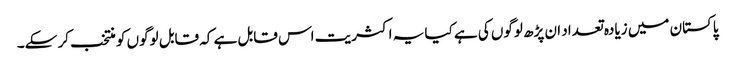
پاکستان میں زیادہ تعداد ان پڑھ لوگوں کی ہے کیا یہ اکثریت اس قابل ہے کہ قابل لوگوں کو منتخب کر سکے۔